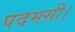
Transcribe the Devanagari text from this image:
पदमसी।